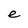
Character: e